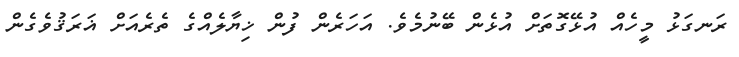
ރަނގަޅު މީހެއް އުޅޭގޮތަށް އުޅެން ބޭނުމެވެ. އަހަރެން ފުން ޚިޔާލެއްގެ ތެރެއަށް ޣަރަޤުވެގެން